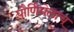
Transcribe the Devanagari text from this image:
पौर्णिमेलाच्